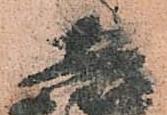
恵